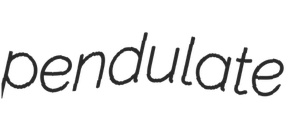
pendulate